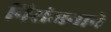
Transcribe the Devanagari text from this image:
निरांजनाने